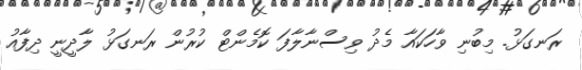
ރަނގަޅު. މިބުނި ވާހަކައާ މެދު ވިސްނާލާފަ ކޮމެންޓް ކުރުން ރަނގަޅު ލާދީނީ ދިފާއު